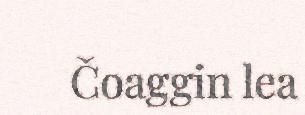
Čoaggin lea